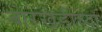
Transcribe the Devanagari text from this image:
बोरखेडीच्या